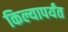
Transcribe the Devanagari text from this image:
किल्यापर्यंत